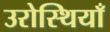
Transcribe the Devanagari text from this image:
उरोस्थियाँ